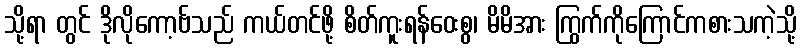
သို့ရာ တွင် ဒိုလိုကော့ဗ်သည် ကယ်တင်ဖို့ စိတ်ကူးရန်ဝေးစွ၊ မိမိအား ကြွက်ကိုကြောင်ကစားသကဲ့သို့